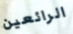
الرائعين